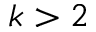
k > 2